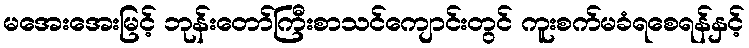
မအေးအေးမြင့် ဘုန်းတော်ကြီးစာသင်ကျောင်းတွင် ကူးစက်မခံရစေရန်နှင့်